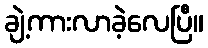
ချဲ့ကားလာခဲ့လေပြီ။